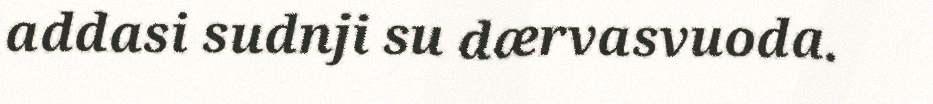
addasi sudnji su dærvasvuoda.